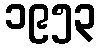
၁၉၅၃